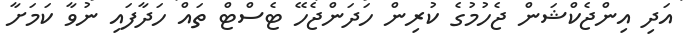
އަދި އިންޖެކްޝަން ޖެހުމުގެ ކުރިން ހަދަންޖެހޭ ޓެސްޓް ތައް ހަދާފައި ނުވާ ކަމަށާ